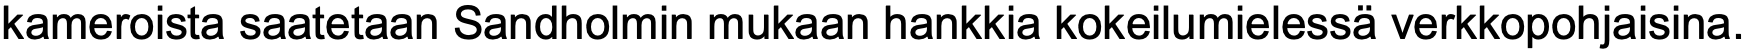
kameroista saatetaan Sandholmin mukaan hankkia kokeilumielessä verkkopohjaisina.